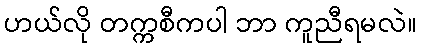
ဟယ်လို တက္ကစီကပါ ဘာ ကူညီရမလဲ။